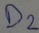
Text: D2